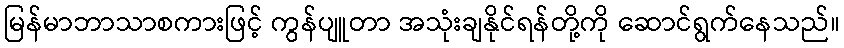
မြန်မာဘာသာစကားဖြင့် ကွန်ပျူတာ အသုံးချနိုင်ရန်တို့ကို ဆောင်ရွက်နေသည်။